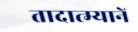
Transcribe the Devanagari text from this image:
तादात्म्यानें